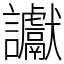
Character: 讞